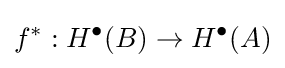
f^{*}:H^{\bullet }(B)\to H^{\bullet }(A)